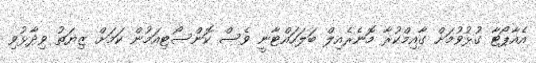
އެއާޕޯޓާ ގުޅުވުމަށް ގާއިމްކުރާ މޮނެރެއިލް ބަލަހައްޓާނީ ވެސް ކޮންސޯޓިއަމުން ކަމަށް ޒިޔަތު ވިދާޅުވި